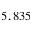
5 , 8 3 5